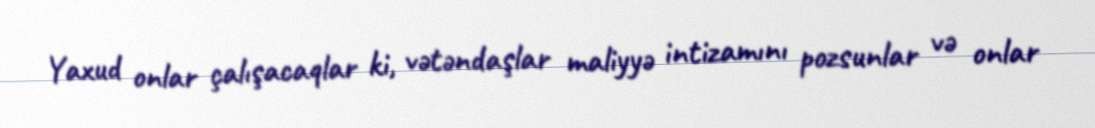
Yaxud onlar çalışacaqlar ki, vətəndaşlar maliyyə intizamını pozsunlar və onlar